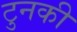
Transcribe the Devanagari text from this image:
टुनकी